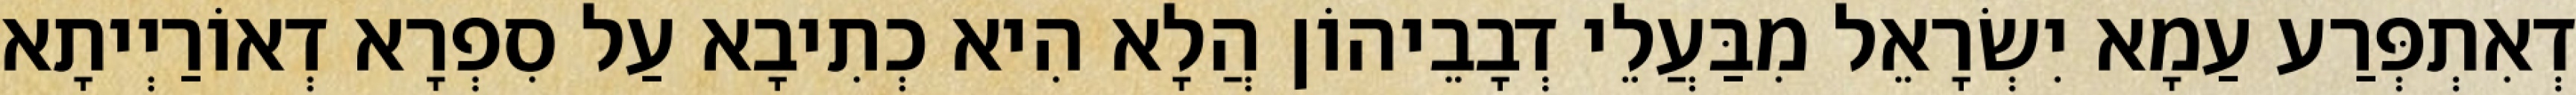
דְאִתְפְּרַע עַמָא יִשְׂרָאֵל מִבַּעֲלֵי דְבָבֵיהוֹן הֲלָא הִיא כְתִיבָא עַל סִפְרָא דְאוֹרַיְיתָא